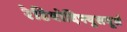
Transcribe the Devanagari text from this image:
रेडियोदिफ्युसयूर्स